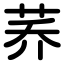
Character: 荞